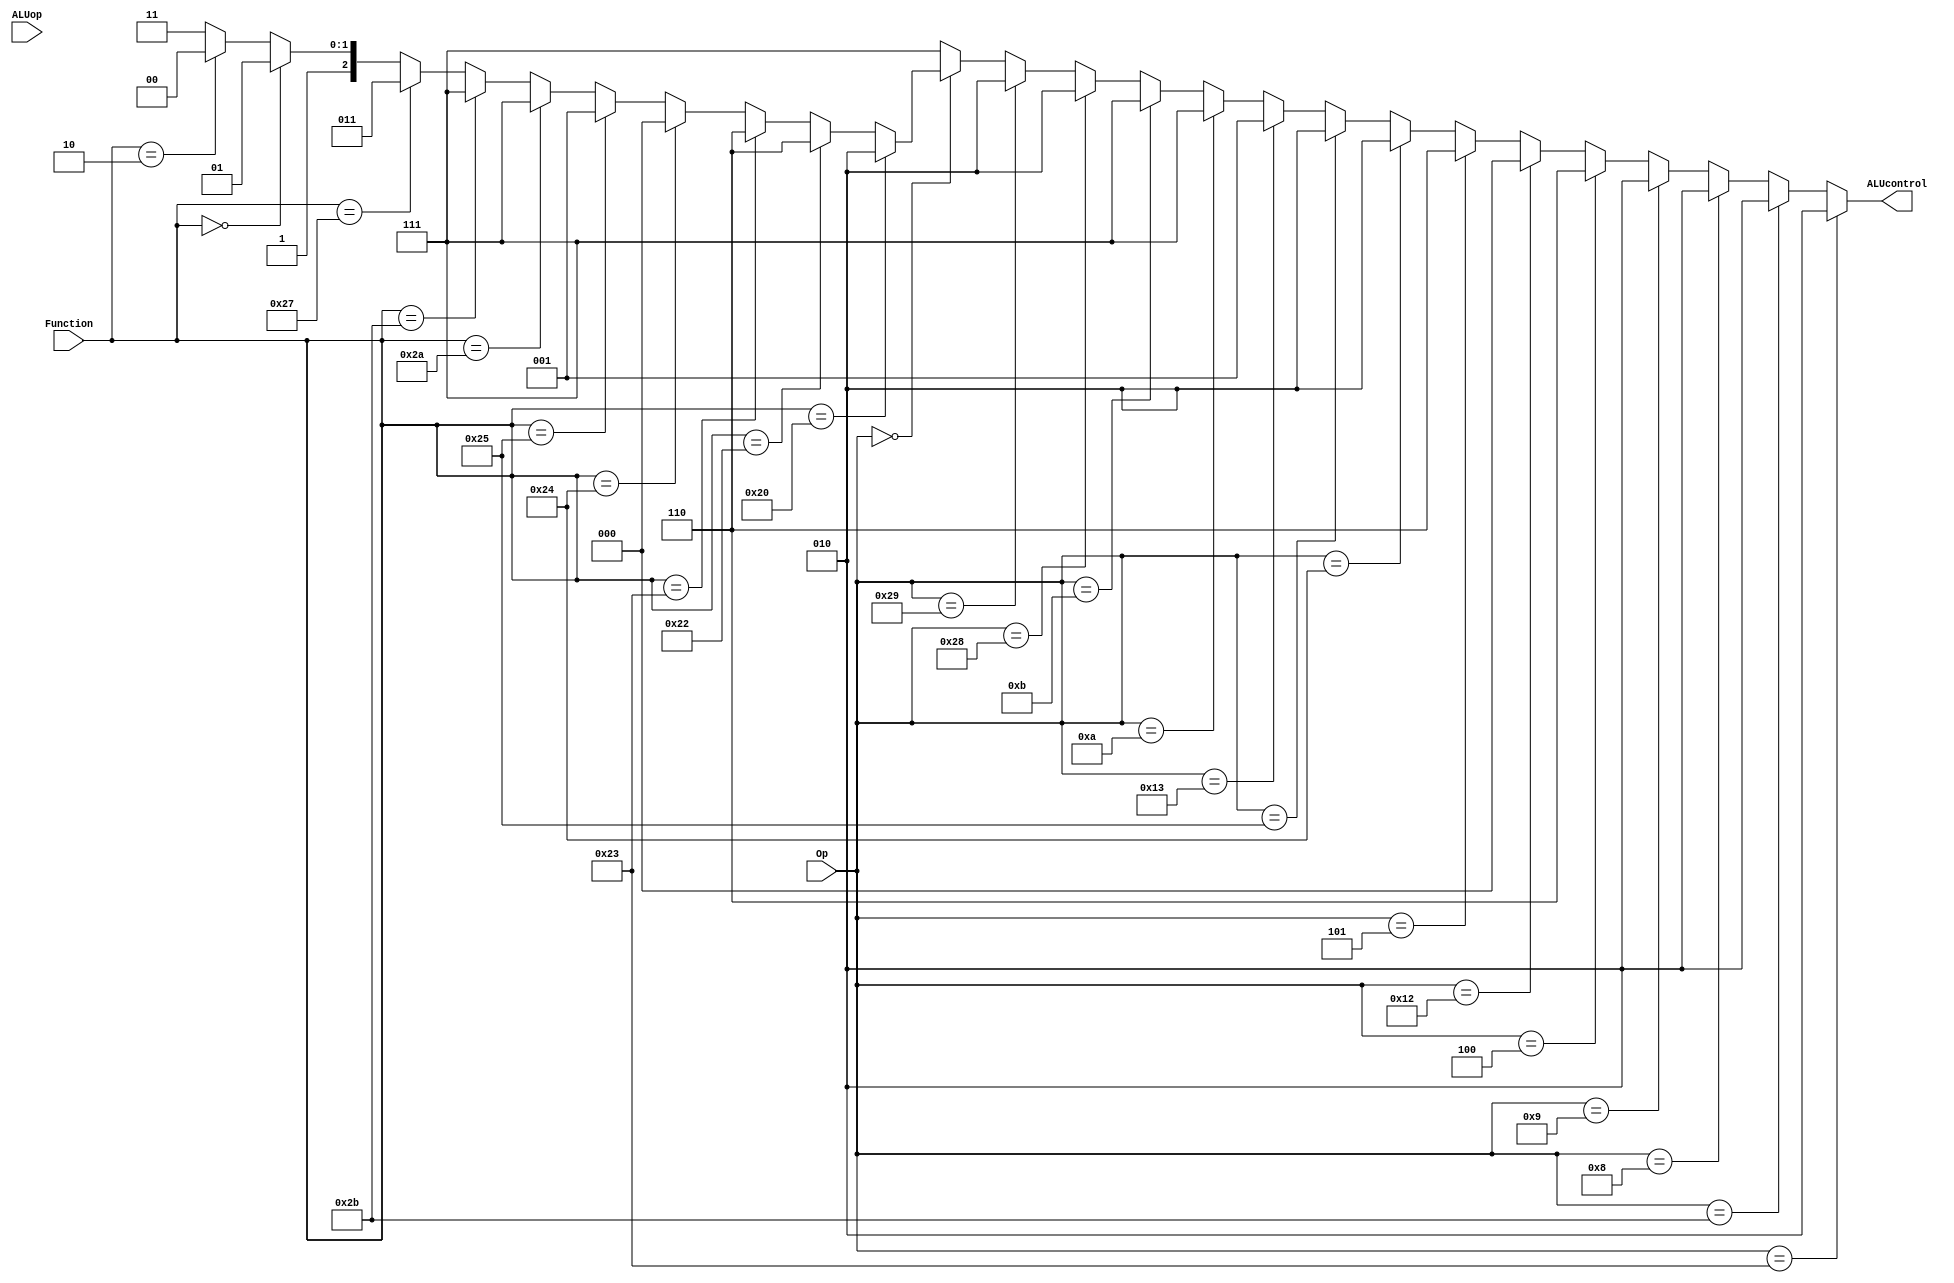
module ALU_control
(
	output wire [2:0] ALUcontrol,
	input [5:0] Op,Function,
	input [1:0] ALUop
);
assign ALUcontrol =
(Op == 6'b100011) ? 3'b010 :(	
(Op == 6'b101011) ? 3'b010 :( 
(Op == 6'b001000) ? 3'b010 :( 
(Op == 6'b001001) ? 3'b010 :( 
(Op == 6'b000100) ? 3'b110 :(	
(Op == 6'b010010) ? 3'b000 :( 
(Op == 6'b000101) ? 3'b110 :( 
(Op == 6'b100100) ? 3'b010 :( 
(Op == 6'b100101) ? 3'b010 :( 
(Op == 6'b010011) ? 3'b001 :( 
(Op == 6'b001010) ? 3'b111 :( 
(Op == 6'b001011) ? 3'b111 :( 
(Op == 6'b101000) ? 3'b010 :( 
(Op == 6'b101001) ? 3'b010 :( 
(Op == 6'b000000) ? (			
(Function == 6'b100000) ? 3'b010 :( 
(Function == 6'b100010) ? 3'b110 :( 
(Function == 6'b100011) ? 3'b110 :( 
(Function == 6'b100100) ? 3'b000 :( 
(Function == 6'b100101) ? 3'b001 :( 
(Function == 6'b101010) ? 3'b111 :( 
(Function == 6'b101011) ? 3'b111 :( 
(Function == 6'b100111) ? 3'b011 :( 
(Function == 6'b000000) ? 3'b101 :( 
(Function == 6'b000010) ? 3'b100 :  
3'b111
)))))))))) :3'b111))))))))))))));

endmodule